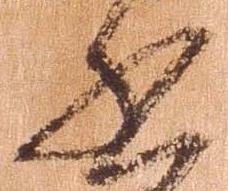
書